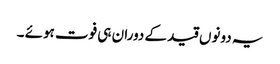
یہ دونوں قید کے دوران ہی فوت ہوئے ۔